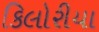
કિલોરીયા